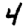
Digit: 4